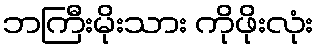
ဘကြီးမိုးသား ကိုဖိုးလုံး